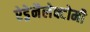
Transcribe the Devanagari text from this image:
ऐड्रेनैलेक्टोमी